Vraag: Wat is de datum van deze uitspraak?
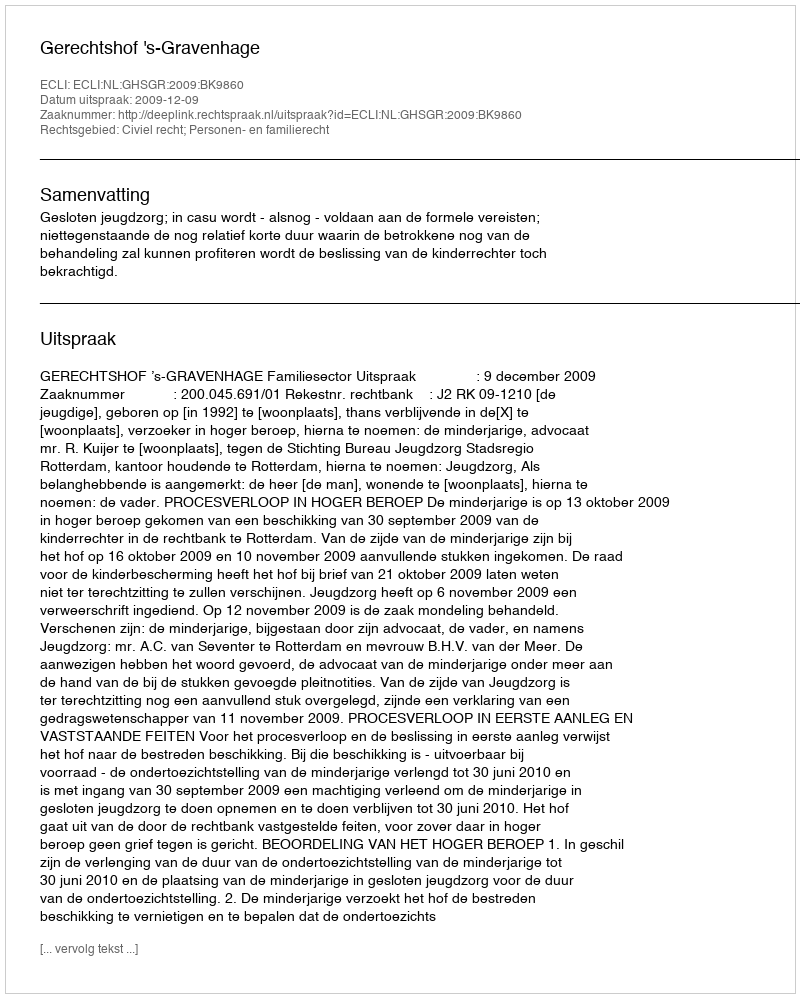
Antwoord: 2009-12-09